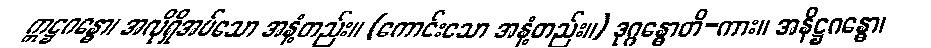
ဣဋ္ဌဂန္ဓော၊ အလိုရှိအပ်သော အနံ့တည်း။ (ကောင်းသော အနံ့တည်း။) ဒုဂ္ဂန္ဓောတိ-ကား။ အနိဋ္ဌဂန္ဓော၊